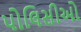
પોલિસીઓ